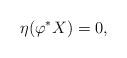
LaTeX: \begin{align*} \eta(\varphi^{\ast}X)=0,\end{align*}